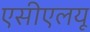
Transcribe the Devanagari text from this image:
एसीएलयू